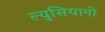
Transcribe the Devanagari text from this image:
ल्युसियानो